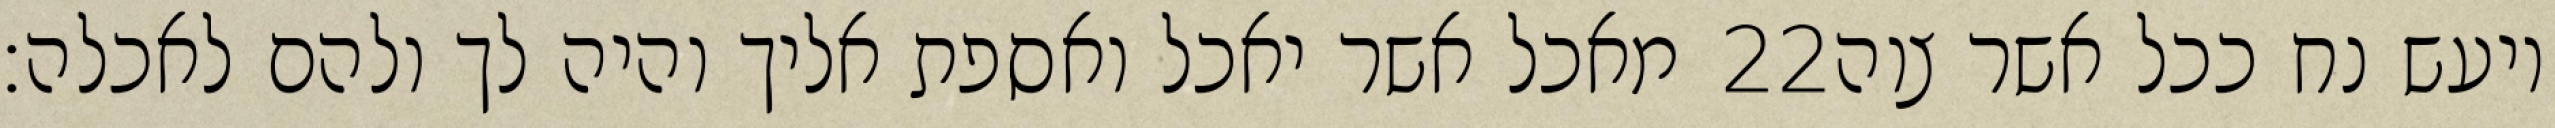
מאכל אשר יאכל ואספת אליך והיה לך ולהם לאכלה׃ ‎22‏ ויעש נח ככל אשר צוה